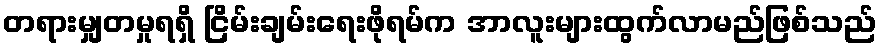
တရားမျှတမှုရရှိ ငြိမ်းချမ်းရေးဖိုရမ်က အာလူးများထွက်လာမည်ဖြစ်သည်